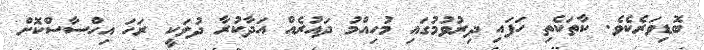
ބޮޑިވަރެކެވެ. ކާތަކެތި ހަފައި ދިރުވުމުގައި މުހިއްމު ދައުރެއް އަދާކުރާ ދުލަކީ ރަހަ އިހްސާސްކޮށް